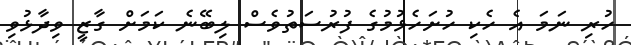
ހުރި ނަމަ އެ ހެކި ހުށަހެޅުމުގެ ފުރުސަތުވެސް ލިބޭނެ ކަމަށް ގާޒީ ވިދާޅުވި